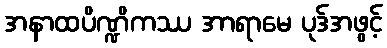
အနာထပိဏ္ဍိကဿ အာရာမေ ပုဒ်အဖွင့်